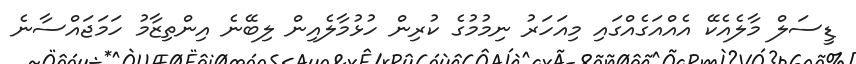
ޑީސަލް މާލެއެކޭ އެއްއަގެއްގައި މިއަހަރު ނިމުމުގެ ކުރިން ހުޅުމާލެއިން ލިބޭނެ އިންތިޒާމު ހަމަޖައްސާނެ